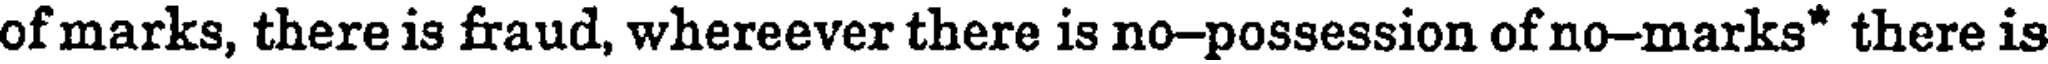
of marks, there is fraud, whereever there is no-possession of no-marks* there is